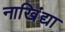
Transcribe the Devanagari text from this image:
नाखिंद्या